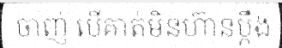
ចាញ់ បើគាត់មិនហ៊ានប្តឹង